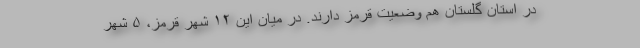
در استان گلستان هم وضعیت قرمز دارند. در میان این ۱۲ شهر قرمز، ۵ شهر